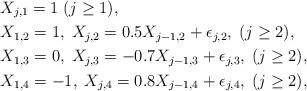
LaTeX: \begin{align*}& X_{j,1}=1\;(j\geq1), \\& X_{1,2}=1,\;X_{j,2}=0.5X_{j-1,2}+\epsilon_{j,2},\;(j\geq2), \\& X_{1,3}=0,\;X_{j,3}=-0.7X_{j-1,3}+\epsilon_{j,3},\;(j\geq2), \\& X_{1,4}=-1,\;X_{j,4}=0.8X_{j-1,4}+\epsilon_{j,4},\;(j\geq2),\end{align*}